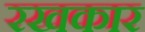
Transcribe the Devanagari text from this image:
रखकार